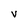
Character: V